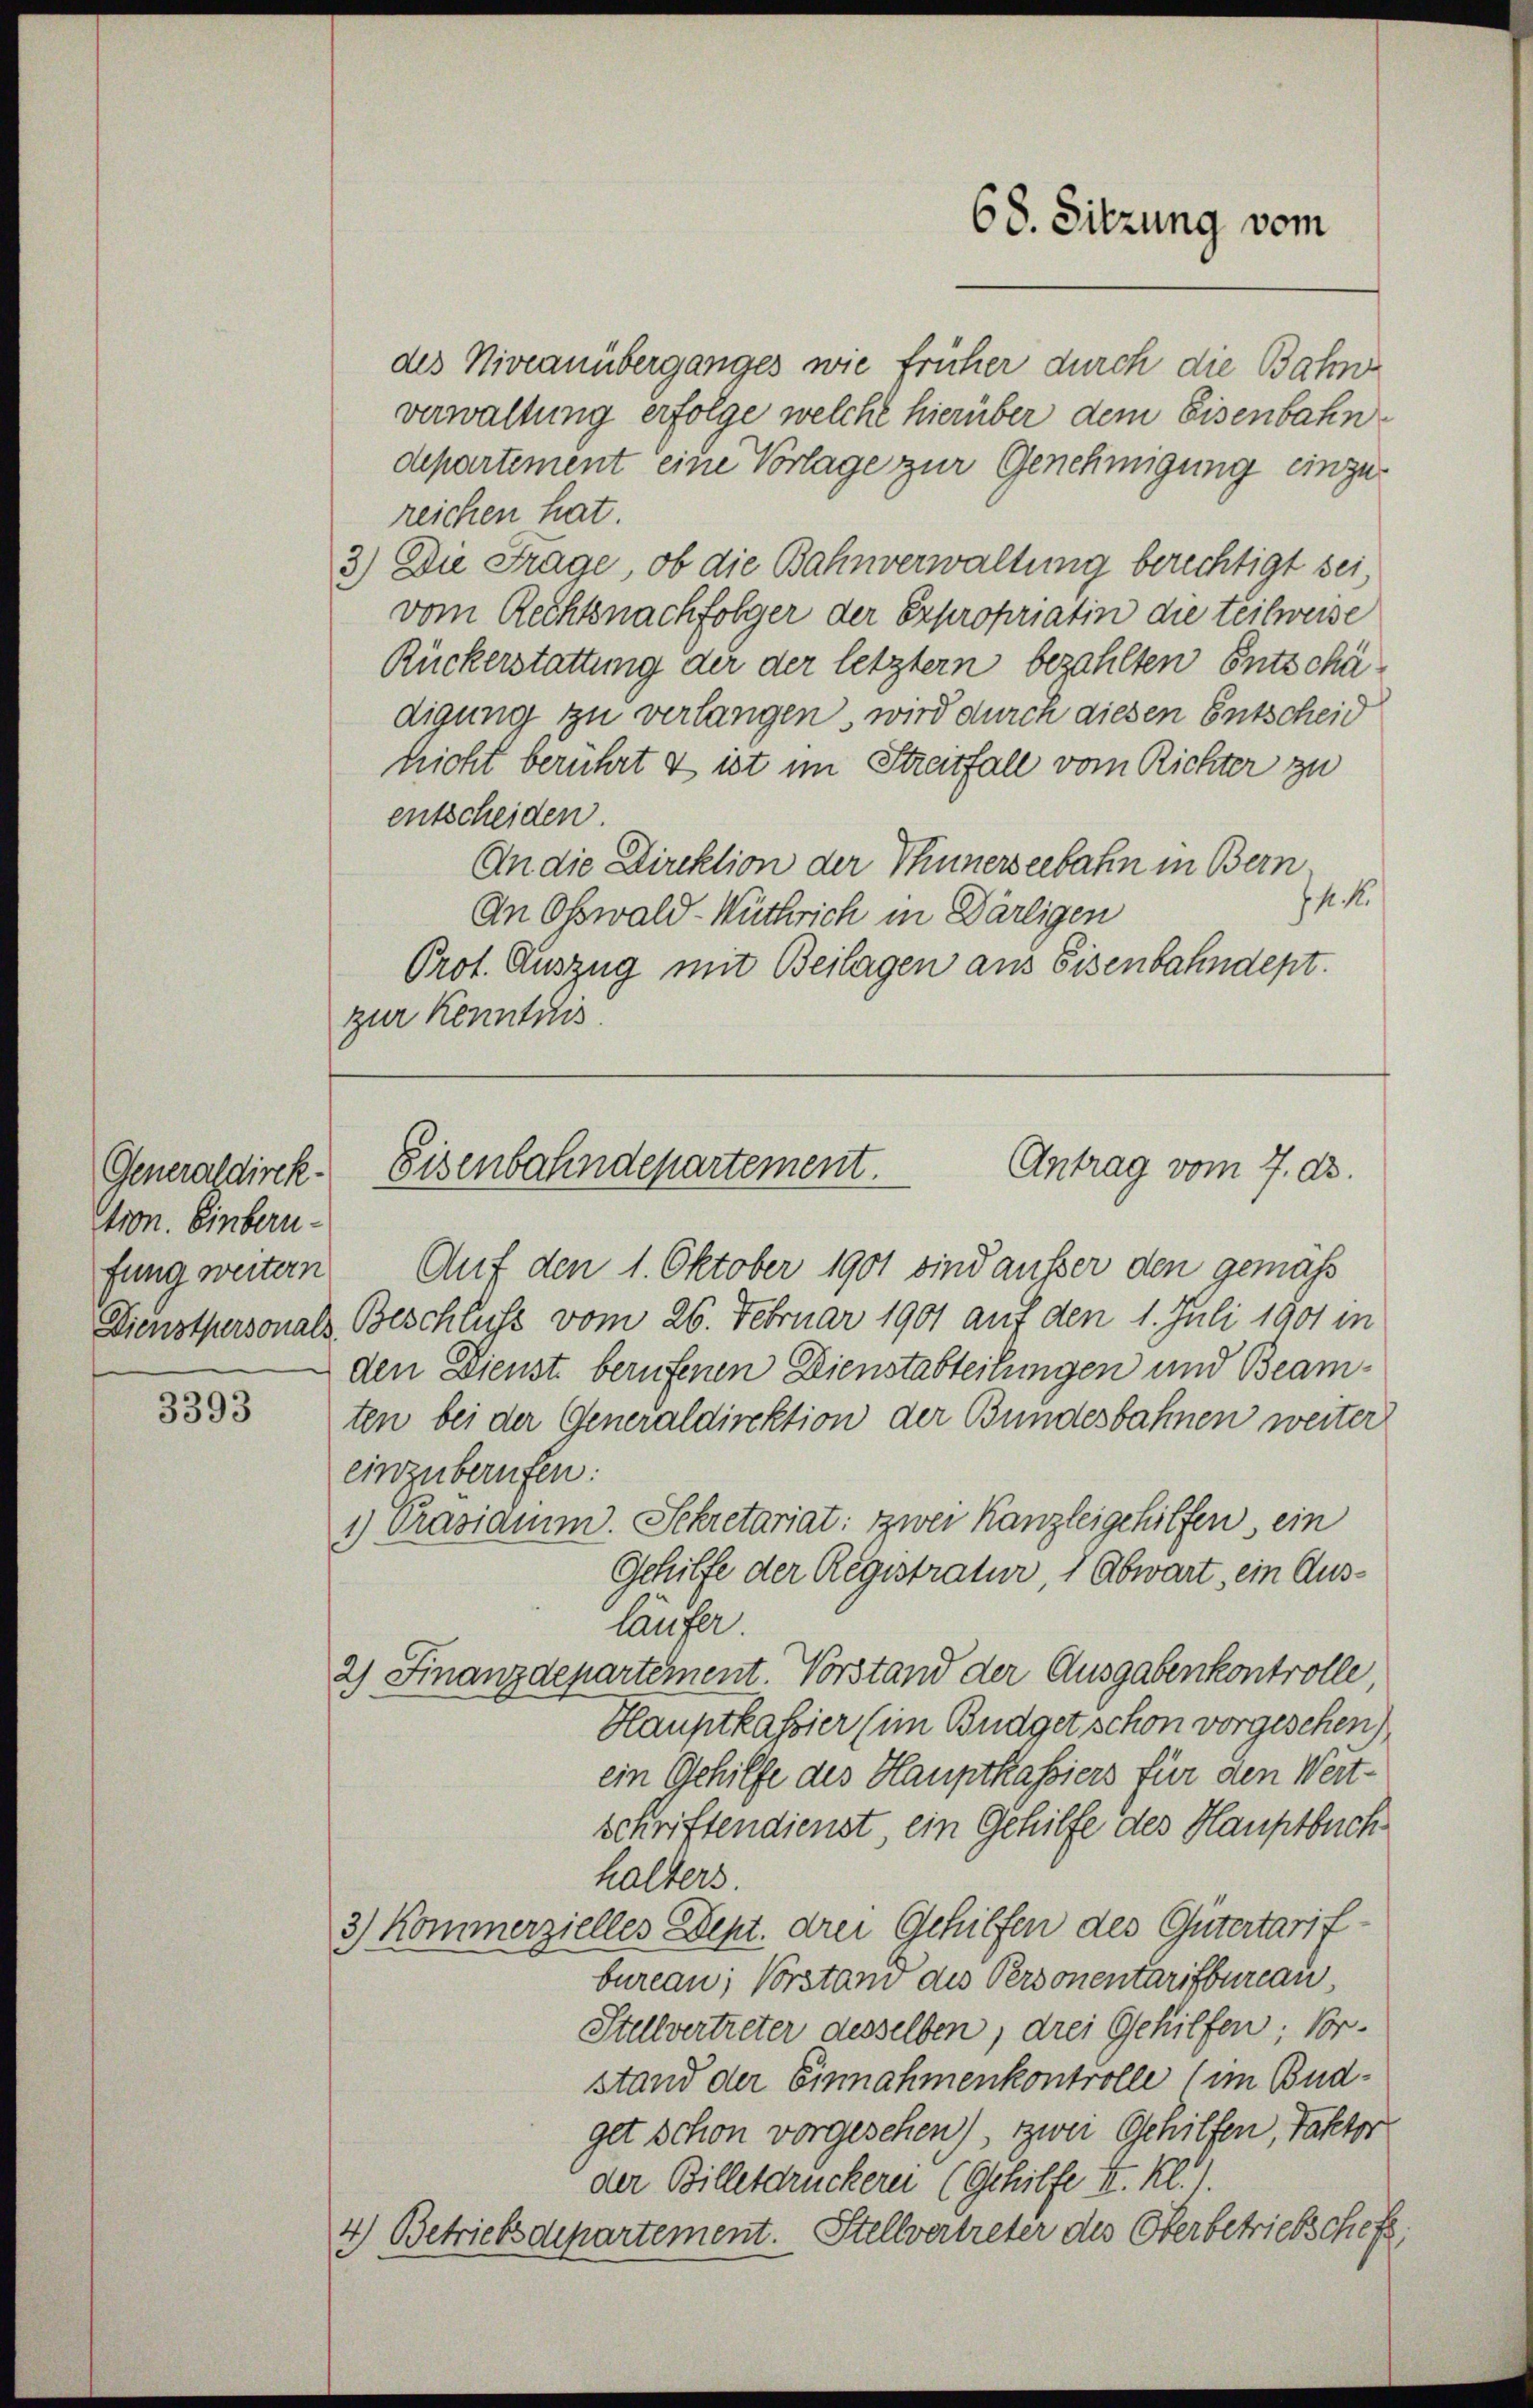
Generaldirek-
tron. Einbern-
fung weitern

3393

des Niveauüberganges wie früher durch die Bahn
verwaltung erfolge welche hierüber dem Eisenbahndepartement eine Vorlage zur Genehmigung einzureichen hat.
3.) Die Frage, ob die Bahnverwaltung berechtigt sei,
vom Rechtsnachfolger der Expropriatin die teilweise
Ruckerstattung der der letztern bezahlten Entschädigung zu verlangen wird durch diesen Entscheid
hicht berührt & ist im Streitfall vom Richter zu
entscheiden.
An die Direktion der Thunerseebahn in Bern
14. M
An Oswald-Wütrich in Därligen
Prot. Auszug mit Beilagen aus Eisenbahndept.
zur Kenntnis.

Auf den 1. Oktober 1901 sind außer den gemäß
Dienstpersonals Beschluss vom 26. Februar 1901 auf den 1. Juli 1901 in
den Dienst berufenen Dienstabteilungen und Beamten bei der Generaldirektion der Bundesbahnen weiter
einzuberufen:
1) Präsidium. Schretariat: zwei Kanzleigehilfen, ein
Gehilfe der Registratur, 1 Abwart, ein Ausläufer.
2) Finanzdepartement. Vorstand der Ausgabenkontrolle,
Hauptkassier (im Budgetschon vorgesehen)
ein Gehilfe des Hauptkassiers für den Wert-
schriftendienst, ein Gehilfe des Hauptbuch
halters.
3) Kommerzielles Dept. drei Gehilfen des Gütertarifbureau; Vorstand des Personentarifbureau
Stellvertreter desselben, drei Gehilfen; Vorstand der Einnahmenkontrolle (im Budget schon vorgesehen), zwei Gehilfen, Faktor
der Billetdruckerei (Gehilfe I. Re
4) Betriebsdepartement. Stellvertreter des Oberbetriebschaft,

68. Sitzung vom

Antrag vom 7. dh.
Eisenbahndepartement.